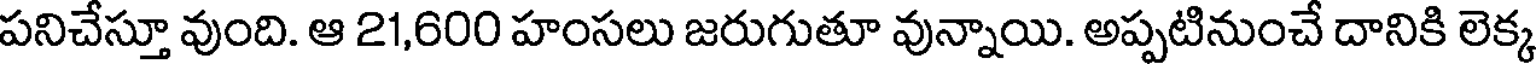
పనిచేస్తూ వుంది. ఆ 21,600 హంసలు జరుగుతూ వున్నాయి. అప్పటినుంచే దానికి లెక్క